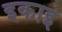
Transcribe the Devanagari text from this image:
इकाइ